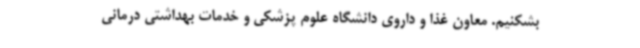
بشکنیم. معاون غذا و داروی دانشگاه علوم پزشکی و خدمات بهداشتی درمانی